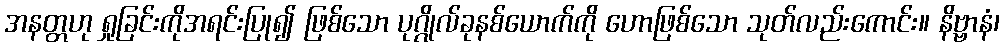
အနတ္တဟု ရှုခြင်းကိုအရင်းပြု၍ ဖြစ်သော ပုဂ္ဂိုလ်ခုနစ်ယောက်ကို ဟောဖြစ်သော သုတ်လည်းကောင်း။ နိဗ္ဗာနံ၊